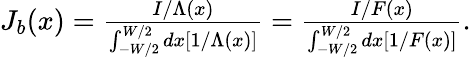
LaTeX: \begin{array}{r}{J_{b}(x)=\frac{I/\Lambda(x)}{\int_{-W/2}^{W/2}dx[1/\Lambda(x)]}=\frac{I/F(x)}{\int_{-W/2}^{W/2}dx[1/F(x)]}.}\end{array}